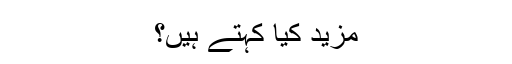
مزید کیا کہتے ہیں؟